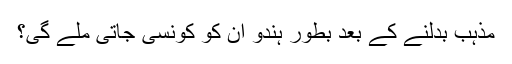
مذہب بدلنے کے بعد بطور ہندو ان کو کونسی جاتی ملے گی؟